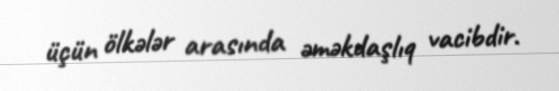
üçün ölkələr arasında əməkdaşlıq vacibdir.